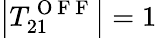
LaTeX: \left|T_{21}^{\mathrm{~O~F~F~}}\right|=1